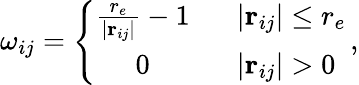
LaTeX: \omega_{ij}=\left\{ \begin{array}{cl}{\frac{r_{e}}{\vert\mathbf{r}_{ij}\vert}-1}&{\: \: \: \vert\mathbf{r}_{ij}\vert\leq r_{e}}\\ {0}&{\: \: \: \vert\mathbf{r}_{ij}\vert>0}\end{array}\right.\, ,